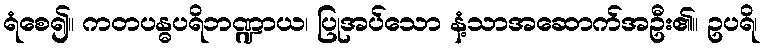
ရံစေ၍။ ကတပန္ဓပရိဘဏ္ဍာယ၊ ပြုအပ်သော နံ့သာအဆောက်အဦး၏။ ဥပရိ၊